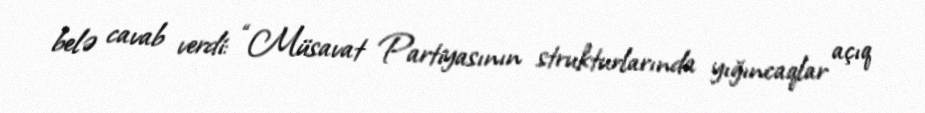
belə cavab verdi: “Müsavat Partiyasının strukturlarında yığıncaqlar açıq